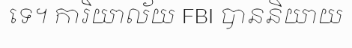
ទេ។ ការិយាល័យ FBI បាននិយាយ